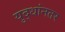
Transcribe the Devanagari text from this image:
युद्धांनतर